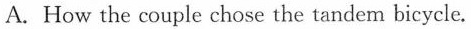
A. How the couple chose the tandem bicycle.